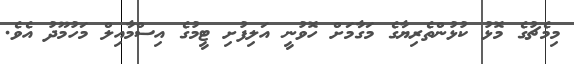
މިމެޗުގެ މޮޅު ކުޅުންތެރިޔާގެ މަގާމަށް ހޮވުނީ އަލިފުށި ޓީމުގެ އިސްމާއިލް މަހުމޫދު އެވެ.